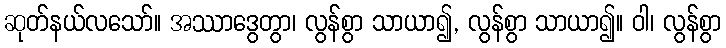
ဆုတ်နယ်လသော်။ အဿာဒွေတွာ၊ လွန်စွာ သာယာ၍, လွန်စွာ သာယာ၍။ ဝါ၊ လွန်စွာ